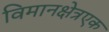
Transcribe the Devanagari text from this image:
विमानक्षेत्रएक